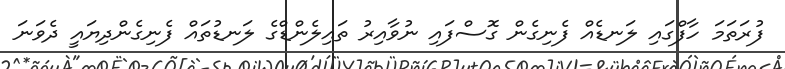
ފުރަތަމަ ހާފްގައި ލަނޑެއް ފެނިގެން ގޮސްފައި ނުވާއިރު ތައިލެންޑްގެ ލަނޑުތައް ފެނިގެންދިޔައީ ދެވަނަ